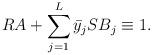
LaTeX: \begin{align*}RA+\sum_{j=1}^L\bar y_j S B_j \equiv 1.\end{align*}